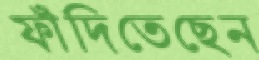
ফাঁদিতেছেন